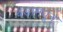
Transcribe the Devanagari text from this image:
बंडामधून